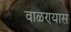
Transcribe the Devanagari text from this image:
वाळण्यास